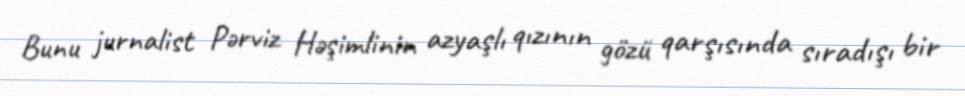
Bunu jurnalist Pərviz Həşimlinin azyaşlı qızının gözü qarşısında sıradışı bir